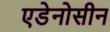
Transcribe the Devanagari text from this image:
एडेनोसीन